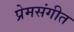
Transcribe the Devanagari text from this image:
प्रेमसंगीत